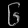
Digit: ၆